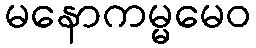
မနောကမ္မမေဝ